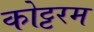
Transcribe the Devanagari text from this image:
कोट्टरम